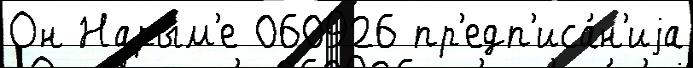
Он Нарым'е 060926 пр'едп'иса́н'иjа